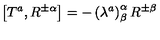
\left[ T ^ { a } , R ^ { \pm \alpha } \right] = - \left( \lambda ^ { a } \right) _ { \beta } ^ { \alpha } R ^ { \pm \beta }